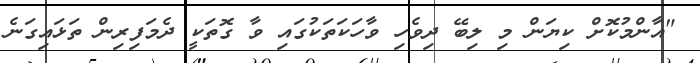
"އާންމުކޮށް ކިޔަން މި ލިބޭ ދިވެހި ވާހަކަތަކުގައި ވާ ގޮތަކީ ދެމަފިރިން ތަޅައިގަނެ